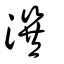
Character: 潠